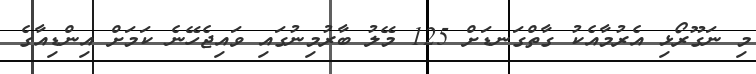
މި ނަގޫރޯޅި އެރުމާއެކު ގާތްގަނޑަށް 125 މޭލު ބާރުމިނުގައި ވައިޖެހޭނެ ކަމަށް އިންޑިއާގެ